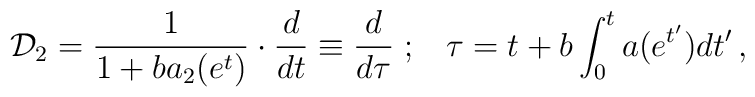
{\cal D}_2=\frac{1}{1+ba_2(e^t)}\cdot \frac{d}{d t} \equiv\frac{d}{d \tau}\;  ; \;\;\; \tau = t+b\int_0^t a(e^{t'}) d t'  \,,